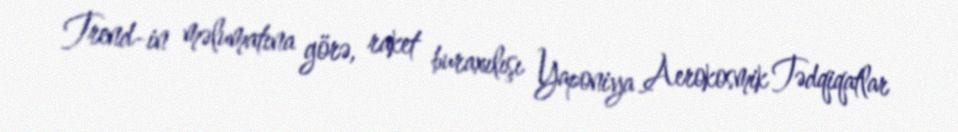
Trend-in məlumatına görə, raket buraxılışı Yaponiya Aerokosmik Tədqiqatlar